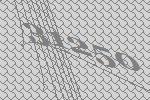
31250